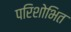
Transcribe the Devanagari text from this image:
परिशोभित